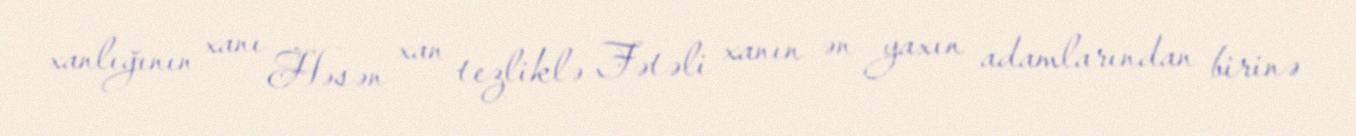
xanlığının xanı Həsən xan tezliklə Fətəli xanın ən yaxın adamlarından birinə